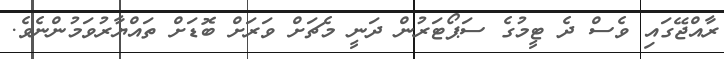
ރާއްޖޭގައި ވެސް ދެ ޓީމުގެ ސަޕޯޓަރުން ދަނީ މެޗަށް ވަރަށް ބޮޑަށް ތައްޔާރުވަމުންނެވެ.